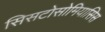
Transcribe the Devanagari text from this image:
सिसटोसोमियासिस